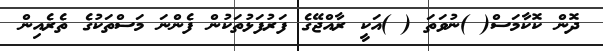
ދޮން ކޮކާމަސް( )ނުވަތަ ( )އަކީ ރާއްޖޭގެ ފަރުފަޅުތަކުން ފެންނަ މަސްތަކުގެ ތެރެއިން